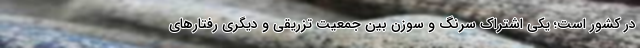
در کشور است؛ یکی اشتراک سرنگ و سوزن بین جمعیت تزریقی و دیگری رفتارهای